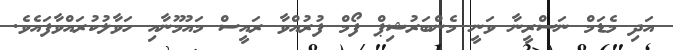
އަދި މެޑަމް ނަސްރީނާ ވަނީ މެންބަރުޝިޕް ފޯމް ފުރުއްވާ ރައީސް މައުމޫނާއި ހަވާލުކުރައްވާފައެވެ.